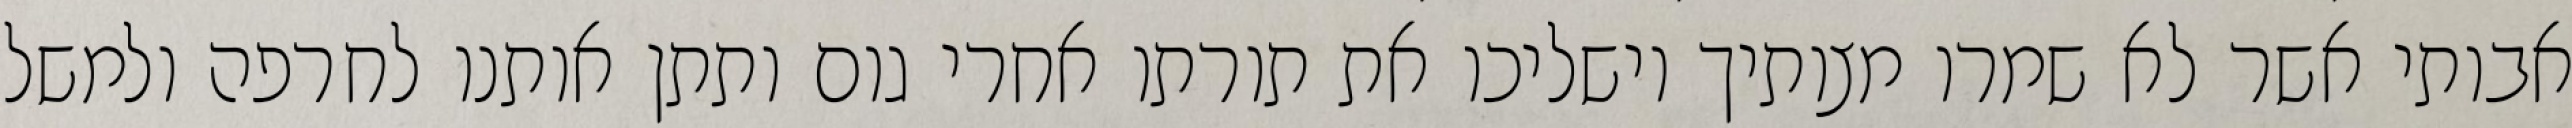
אבותי אשר לא שמרו מצותיך וישליכו את תורתו אחרי גום ותתן אותנו לחרפה ולמשל